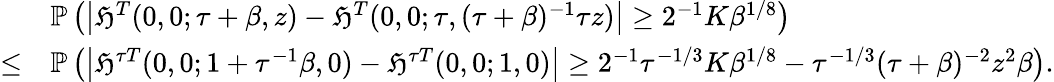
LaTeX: \begin{array}{rl}&{\mathbb{P}\left(\left|\mathfrak{H}^{T}(0,0;\tau+\beta,z)-\mathfrak{H}^{T}(0,0;\tau,(\tau+\beta)^{-1}\tau z)\right|\geq 2^{-1}K\beta^{1/8}\right)}\\ {\leq}&{\mathbb{P}\left(\left|\mathfrak{H}^{\tau T}(0,0;1+\tau^{-1}\beta,0)-\mathfrak{H}^{\tau T}(0,0;1,0)\right|\geq 2^{-1}\tau^{-1/3}K\beta^{1/8}-\tau^{-1/3}(\tau+\beta)^{-2}z^{2}\beta\right).}\end{array}